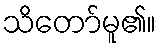
သိတော်မူ၏။